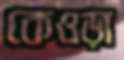
কেওড়া